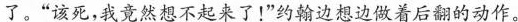
了。“该死，我竟然想不起来了！”约翰边想边做着后翻的动作。